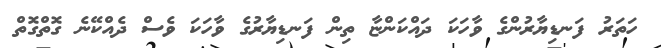
ހަތަރު ފަނޑިޔާރުންގެ ވާހަކަ ދައްކަންޏާ ތިން ފަނޑިޔާރުގެ ވާހަކަ ވެސް ދެއްކޭނެ ގޮތްގޮތް